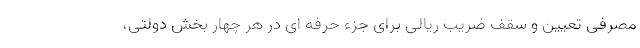
مصرفی تعیین و سقف ضریب ریالی برای جزء حرفه ای در هر چهار بخش دولتی،